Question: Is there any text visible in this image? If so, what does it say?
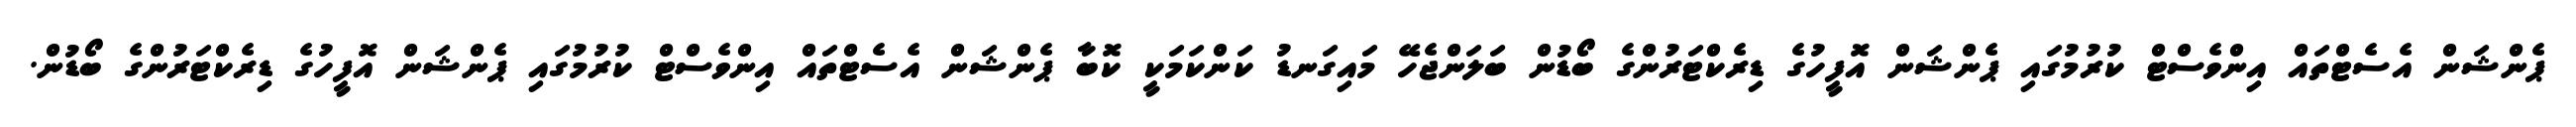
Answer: ޕެންޝަން އެސެޓްތައް އިންވެސްޓް ކުރުމުގައި ޕެންޝަން އޮފީހުގެ ޑިރެކްޓަރުންގެ ބޯޑުން ބަލަންޖެހޭ މައިގަނޑު ކަންކަމަކީ ކޮބާ ޕެންޝަން އެސެޓްތައް އިންވެސްޓް ކުރުމުގައި ޕެންޝަން އޮފީހުގެ ޑިރެކްޓަރުންގެ ބޯޑުން.